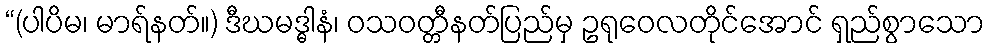
“(ပါပိမ၊ မာရ်နတ်။) ဒီဃမဒ္ဓါနံ၊ ဝသဝတ္တီနတ်ပြည်မှ ဥရုဝေလတိုင်အောင် ရှည်စွာသော